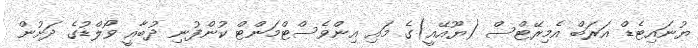
ޔުނައިޓެޑް އަރަބް އެމިރޭޓްސް (ޔޫއޭއީ)ގެ މައި އިންވެސްޓްމަންޓް ކުންފުނި ދުބާއީ ވޯލްޑުގެ ދަށުން